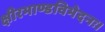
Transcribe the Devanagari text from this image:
क्षीरभाण्डविभेदनः।